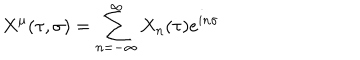
LaTeX: X ^ { \mu } ( \tau , \sigma ) = \sum _ { n = - \infty } ^ { \infty } X _ { n } ( \tau ) e ^ { i n \sigma }